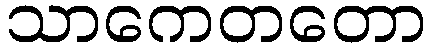
သာကေတတော